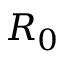
R _ { 0 }